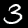
Digit: 3